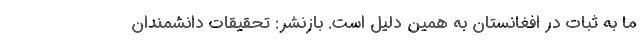
ما به ثبات در افغانستان به همين دليل است. بازنشر: تحقیقات دانشمندان